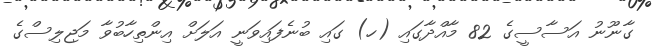
ގާނޫނު އަސާސީގެ 82 މާއްދާގައި (ހ) ގައި ބުނެފައިވަނީ އަލަށް އިންތިހާބުވާ މަޖިލިސްގެ